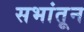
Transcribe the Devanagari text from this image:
सभांतून